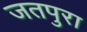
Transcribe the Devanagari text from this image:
जतपुरा